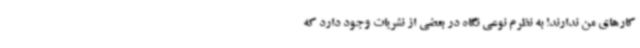
کارهای من ندارند! به نظرم نوعی نگاه در بعضی از نشریات وجود دارد که